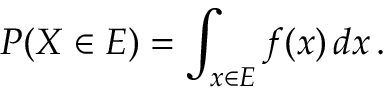
P ( X \in E ) = \int _ { x \in E } f ( x ) \, d x \, .